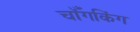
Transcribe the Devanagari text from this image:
चॉँगकिंग